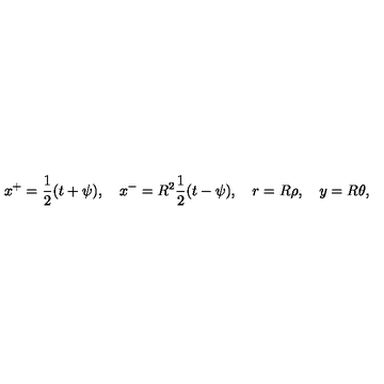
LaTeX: x ^ { + } = \frac 1 2 ( t + \psi ) , \quad x ^ { - } = R ^ { 2 } \frac 1 2 ( t - \psi ) , \quad r = R \rho , \quad y = R \theta ,